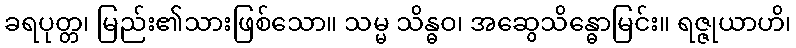
ခရပုတ္တ၊ မြည်း၏သားဖြစ်သော။ သမ္မ သိန္ဓဝ၊ အဆွေသိန္ဓောမြင်း။ ရဇ္ဇုယာဟိ၊